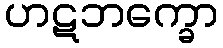
ဟဋဘက္ခော